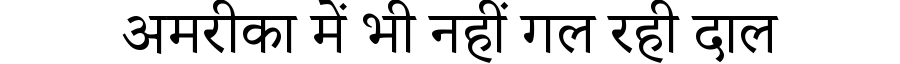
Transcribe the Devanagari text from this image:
अमरीका में भी नहीं गल रही दाल